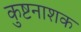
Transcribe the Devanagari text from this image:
कुष्टनाशक